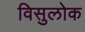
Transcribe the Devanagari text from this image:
विसुलोक